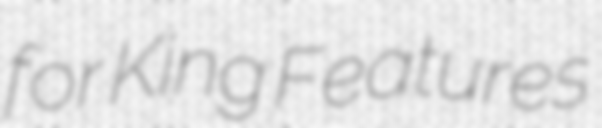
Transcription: for King Features